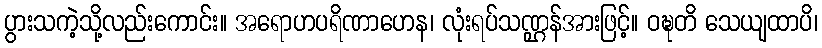
ပွားသကဲ့သို့လည်းကောင်း။ အရောဟပရိဏာဟေန၊ လုံးရပ်သဏ္ဌန်အားဖြင့်။ ဝဍ္ဎတိ သေယျထာပိ၊